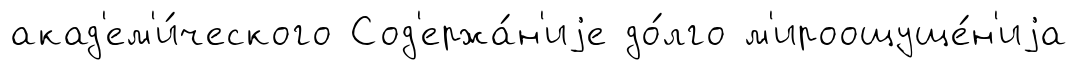
акад'ем'и́ческого Сод'ержа́н'иjе до́лго м'ироощуще́н'иjа